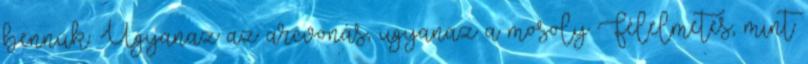
bennük. Ugyanaz az arcvonás, ugyanaz a mosoly Félelmetes, mint